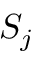
S _ { j }